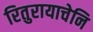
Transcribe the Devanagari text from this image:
रितुरायाचेनि